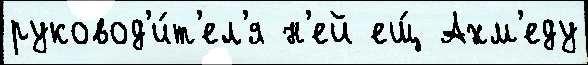
руковод'и́т'ел'я н'ей ещ́ Ахм'еду